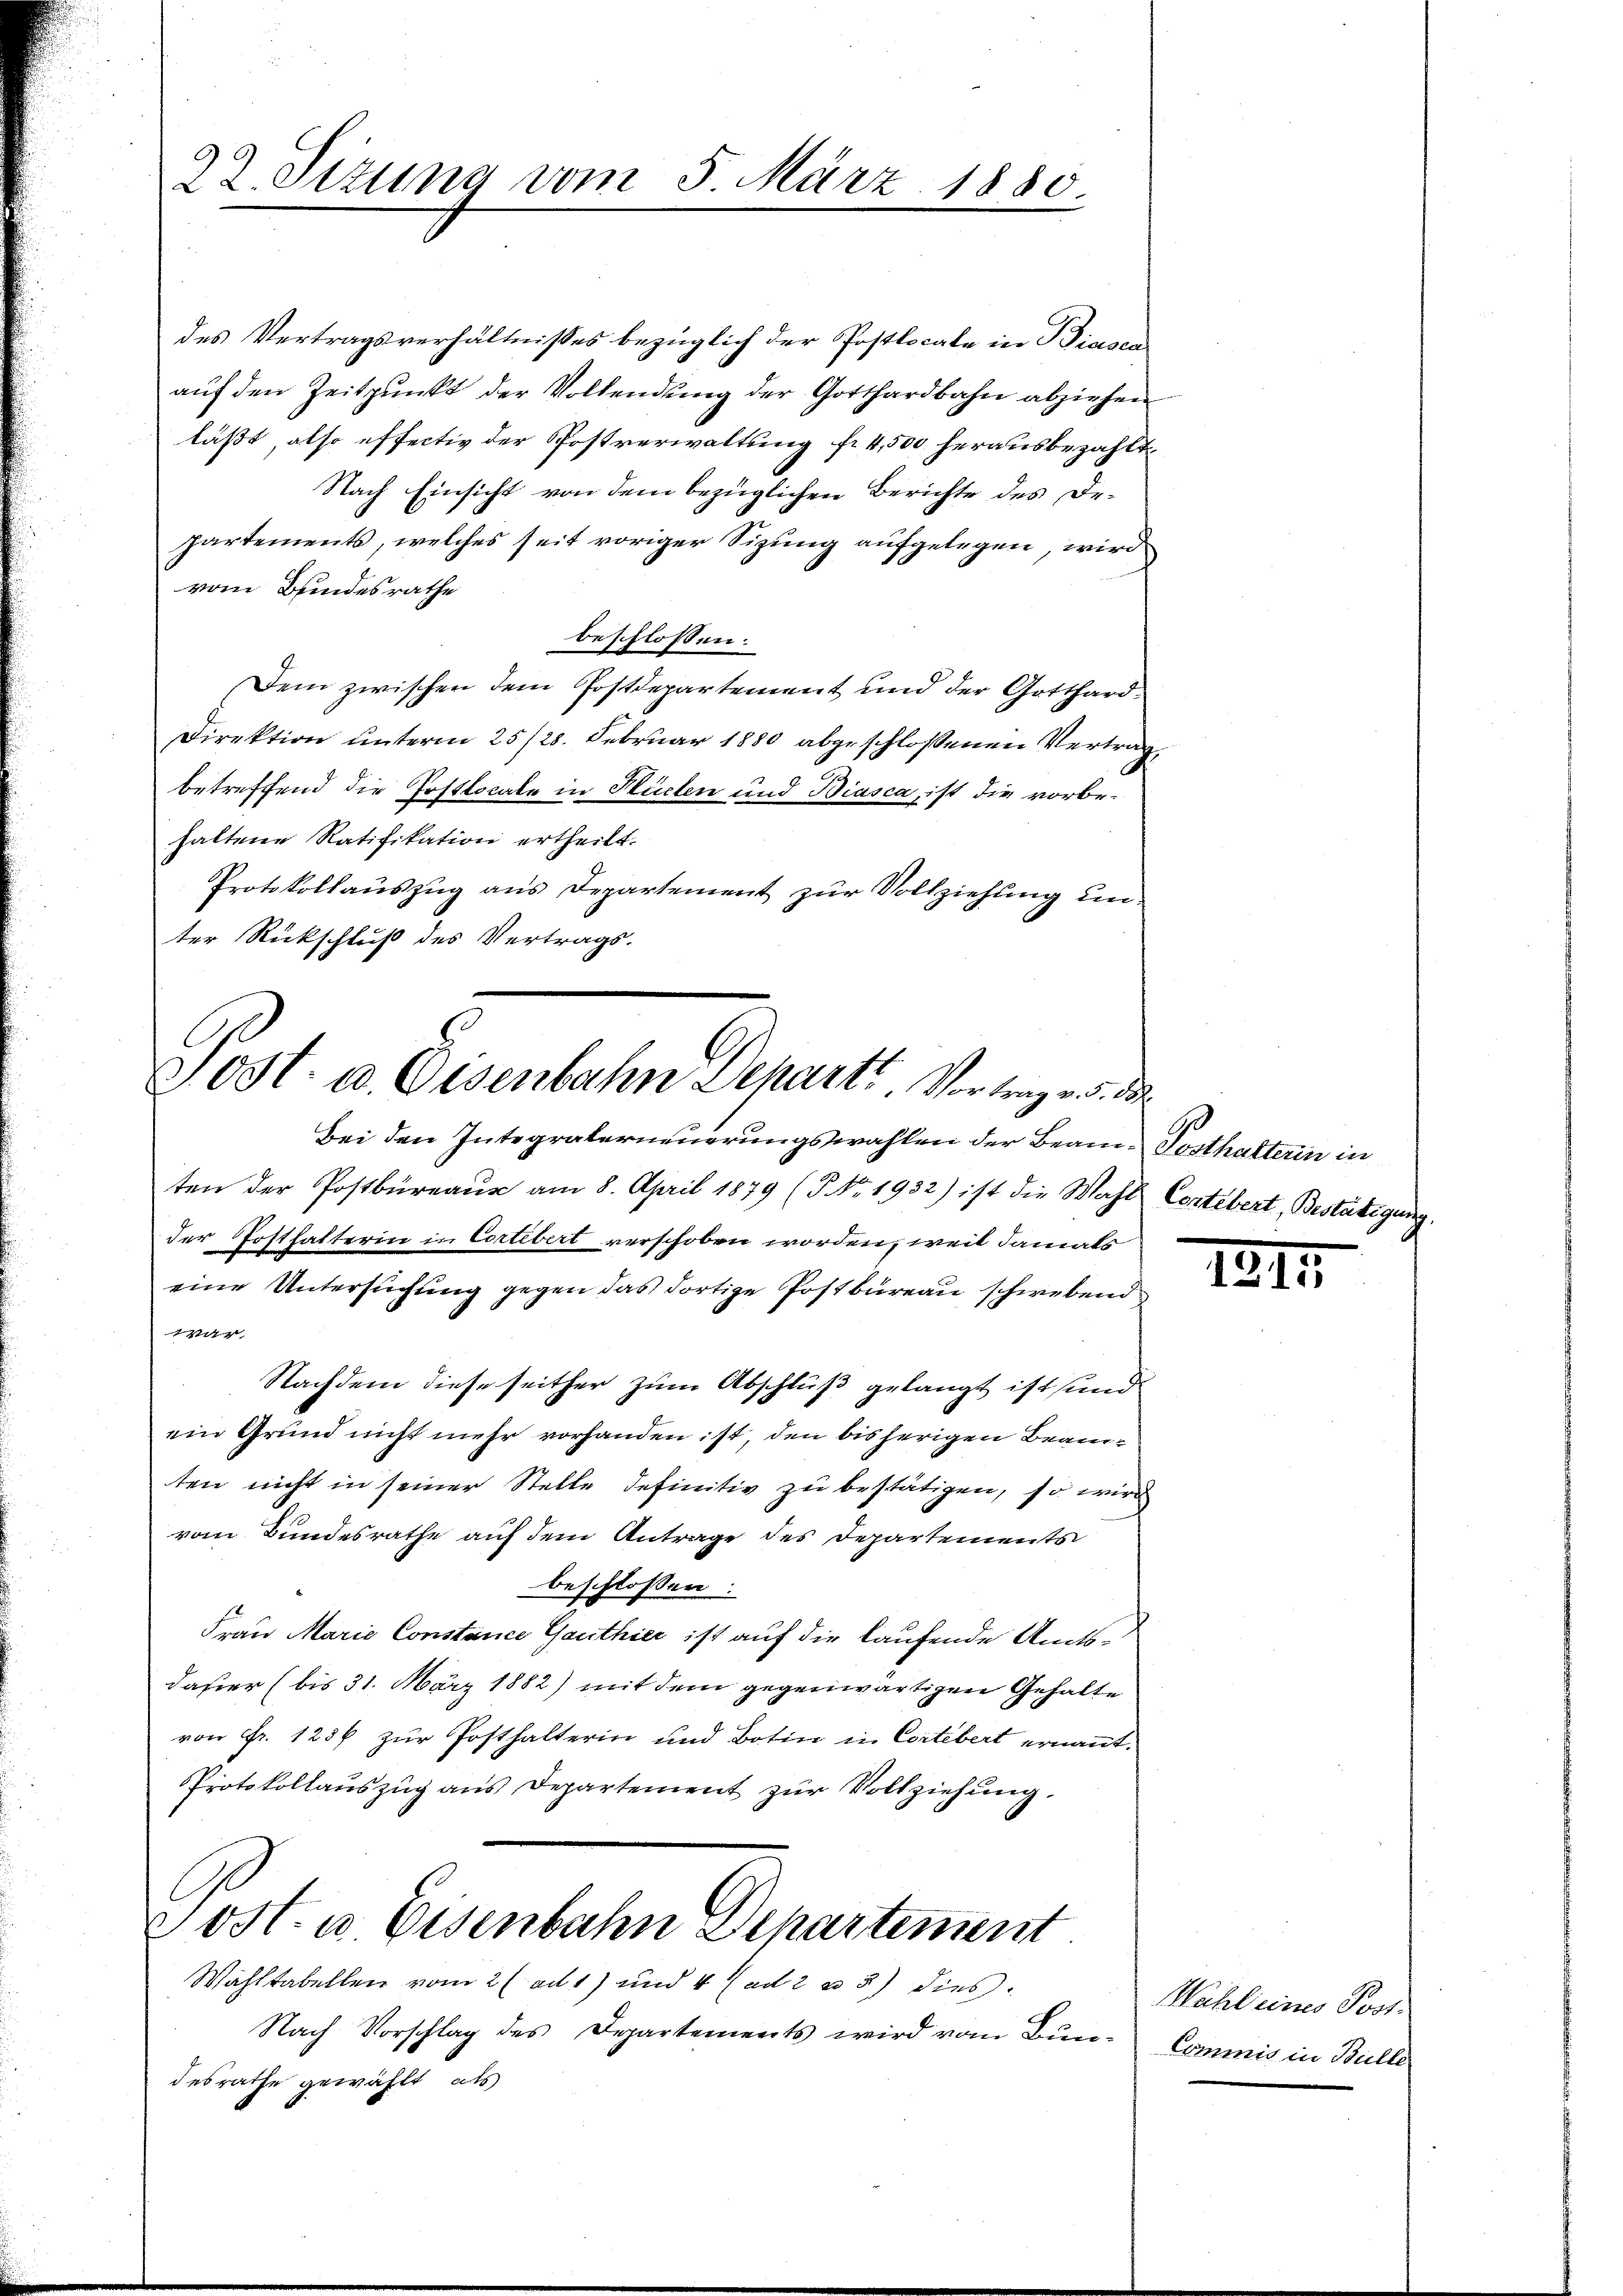
22. Sizung vom 5. März 1880

des Vertragsverhältnisses bezüglich der Postlocale in Biasca
auf den Zeitpunkt der Vollendung der Gotthardbahn abziehen
läßt, also effectiv der Postverwaltung fr 4,500 herausbezahlt
Nach Einsicht von dem bezüglichen Berichte des Departements, welches seit voriger Sizung aufgelegen, wird
vom Bundesrathe
beschlossen:
Dem zwischen dem Postdepartement und der Gotthard¬
Direktion unterm 25/28. Februar 1880 abgeschlossenen Vertrag
betreffend die Posttocale in Küchen und Biasca, ist die vorbehaltene Ratifikation ertheilt.
Protokollauszug aus Departement zur Vollziehung unter Rückschluß des Vertrags-

Post- u. Osenbahn Departi. Vortrag v. 5. die

ten der Postbüreaus am 8. April 1879 (P. Nr. 1932) ist die Wahl Contebert, Bestätigung.
der Posthalterin in Cortebert verschoben worden, weil damals
eine Untersuchung gegen das dortige Postbureau schwebend
war,
Nachdem diese seither zum Abschluß gelangt ist sind
ein Grund nicht mehr vorhanden ist, den bisherigen Beamten nicht in seiner Stelle definitiv zu bestätigen, so wird
vom Bundesrathe auf dem Antrage des Departements
beschlossen:
Frau Marie Constanice Ganthier ist auf die laufende Amtsdaßer (bis 31. März 1882) mit dem gegenwärtigen Gehalte
von Fr. 1286 zur Posthalterin und Botin in Cortebert ernannt.
Protokollauszug aus Departement zur Vollziehung.
Post- u. Eisenbahn Departement
Wahltabellen vom 2 (ad1) und 4 (ad 2 u 3) dies
Nach Vorschlag des Departements wird vom Bun-Commis in Bulle
desrathe gewählt, als

Bei den Integralerneuerungswahlen der Beam-Posthalterin in

1817.

Wahl eines Post¬